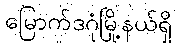
မြောက်ဒဂုံမြို့နယ်ရှိ